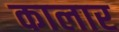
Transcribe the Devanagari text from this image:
कालार